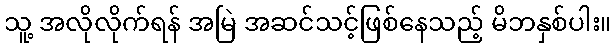
သူ့ အလိုလိုက်ရန် အမြဲ အဆင်သင့်ဖြစ်နေသည့် မိဘနှစ်ပါး။